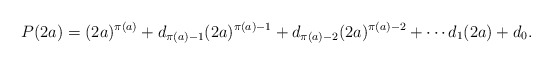
\begin{align*}P(2a) = (2a)^{\pi(a)} + d_{\pi(a) - 1}(2a)^{\pi(a) - 1} + d_{\pi(a) - 2}(2a)^{\pi(a) - 2} + \cdots d_1(2a) + d_0.\end{align*}